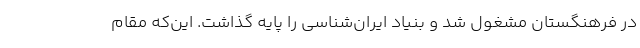
در فرهنگستان مشغول شد و بنیاد ایران‌شناسی را پایه گذاشت. این‌که مقام